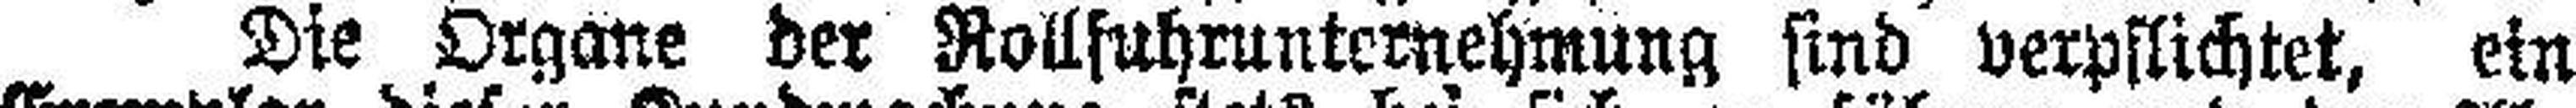
Die Organe der Rollfuhrunternehmung sind verpflichtet, ein